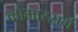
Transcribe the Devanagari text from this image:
कौमारसर्ग